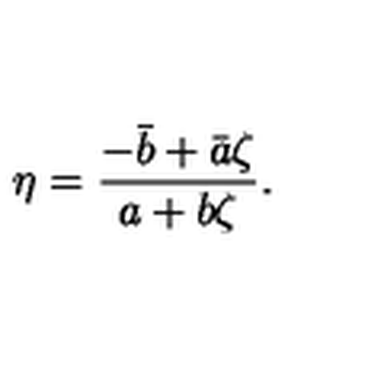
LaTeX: \eta = \frac { - \bar { b } + \bar { a } \zeta } { a + b \zeta } .